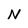
Character: N